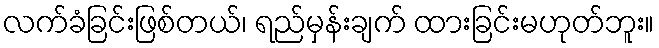
လက်ခံခြင်းဖြစ်တယ်၊ ရည်မှန်းချက် ထားခြင်းမဟုတ်ဘူး။